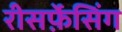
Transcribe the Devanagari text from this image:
रीसर्फ़ेसिंग